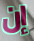
إن